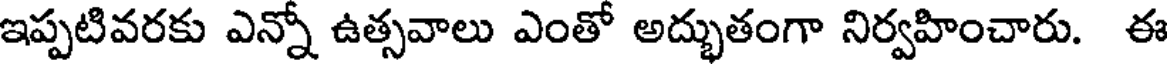
ఇప్పటివరకు ఎన్నో ఉత్సవాలు ఎంతో అద్భుతంగా నిర్వహించారు. ఈ